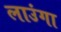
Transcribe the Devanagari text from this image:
लाउंगा